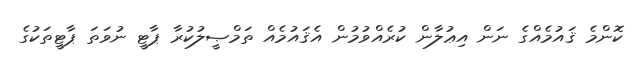
ކޮންމެ ޤައުމެއްގެ ނަން އިޢުލާން ކުރެއްވުމުން އެޤައުމެއް ތަމްޞީލުކުރާ ޕާޓީ ނުވަތަ ޕާޓީތަކުގެ